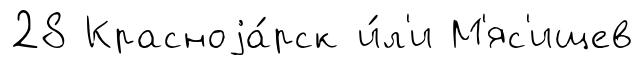
28 Красноjа́рск и́л'и М'яс'ищев